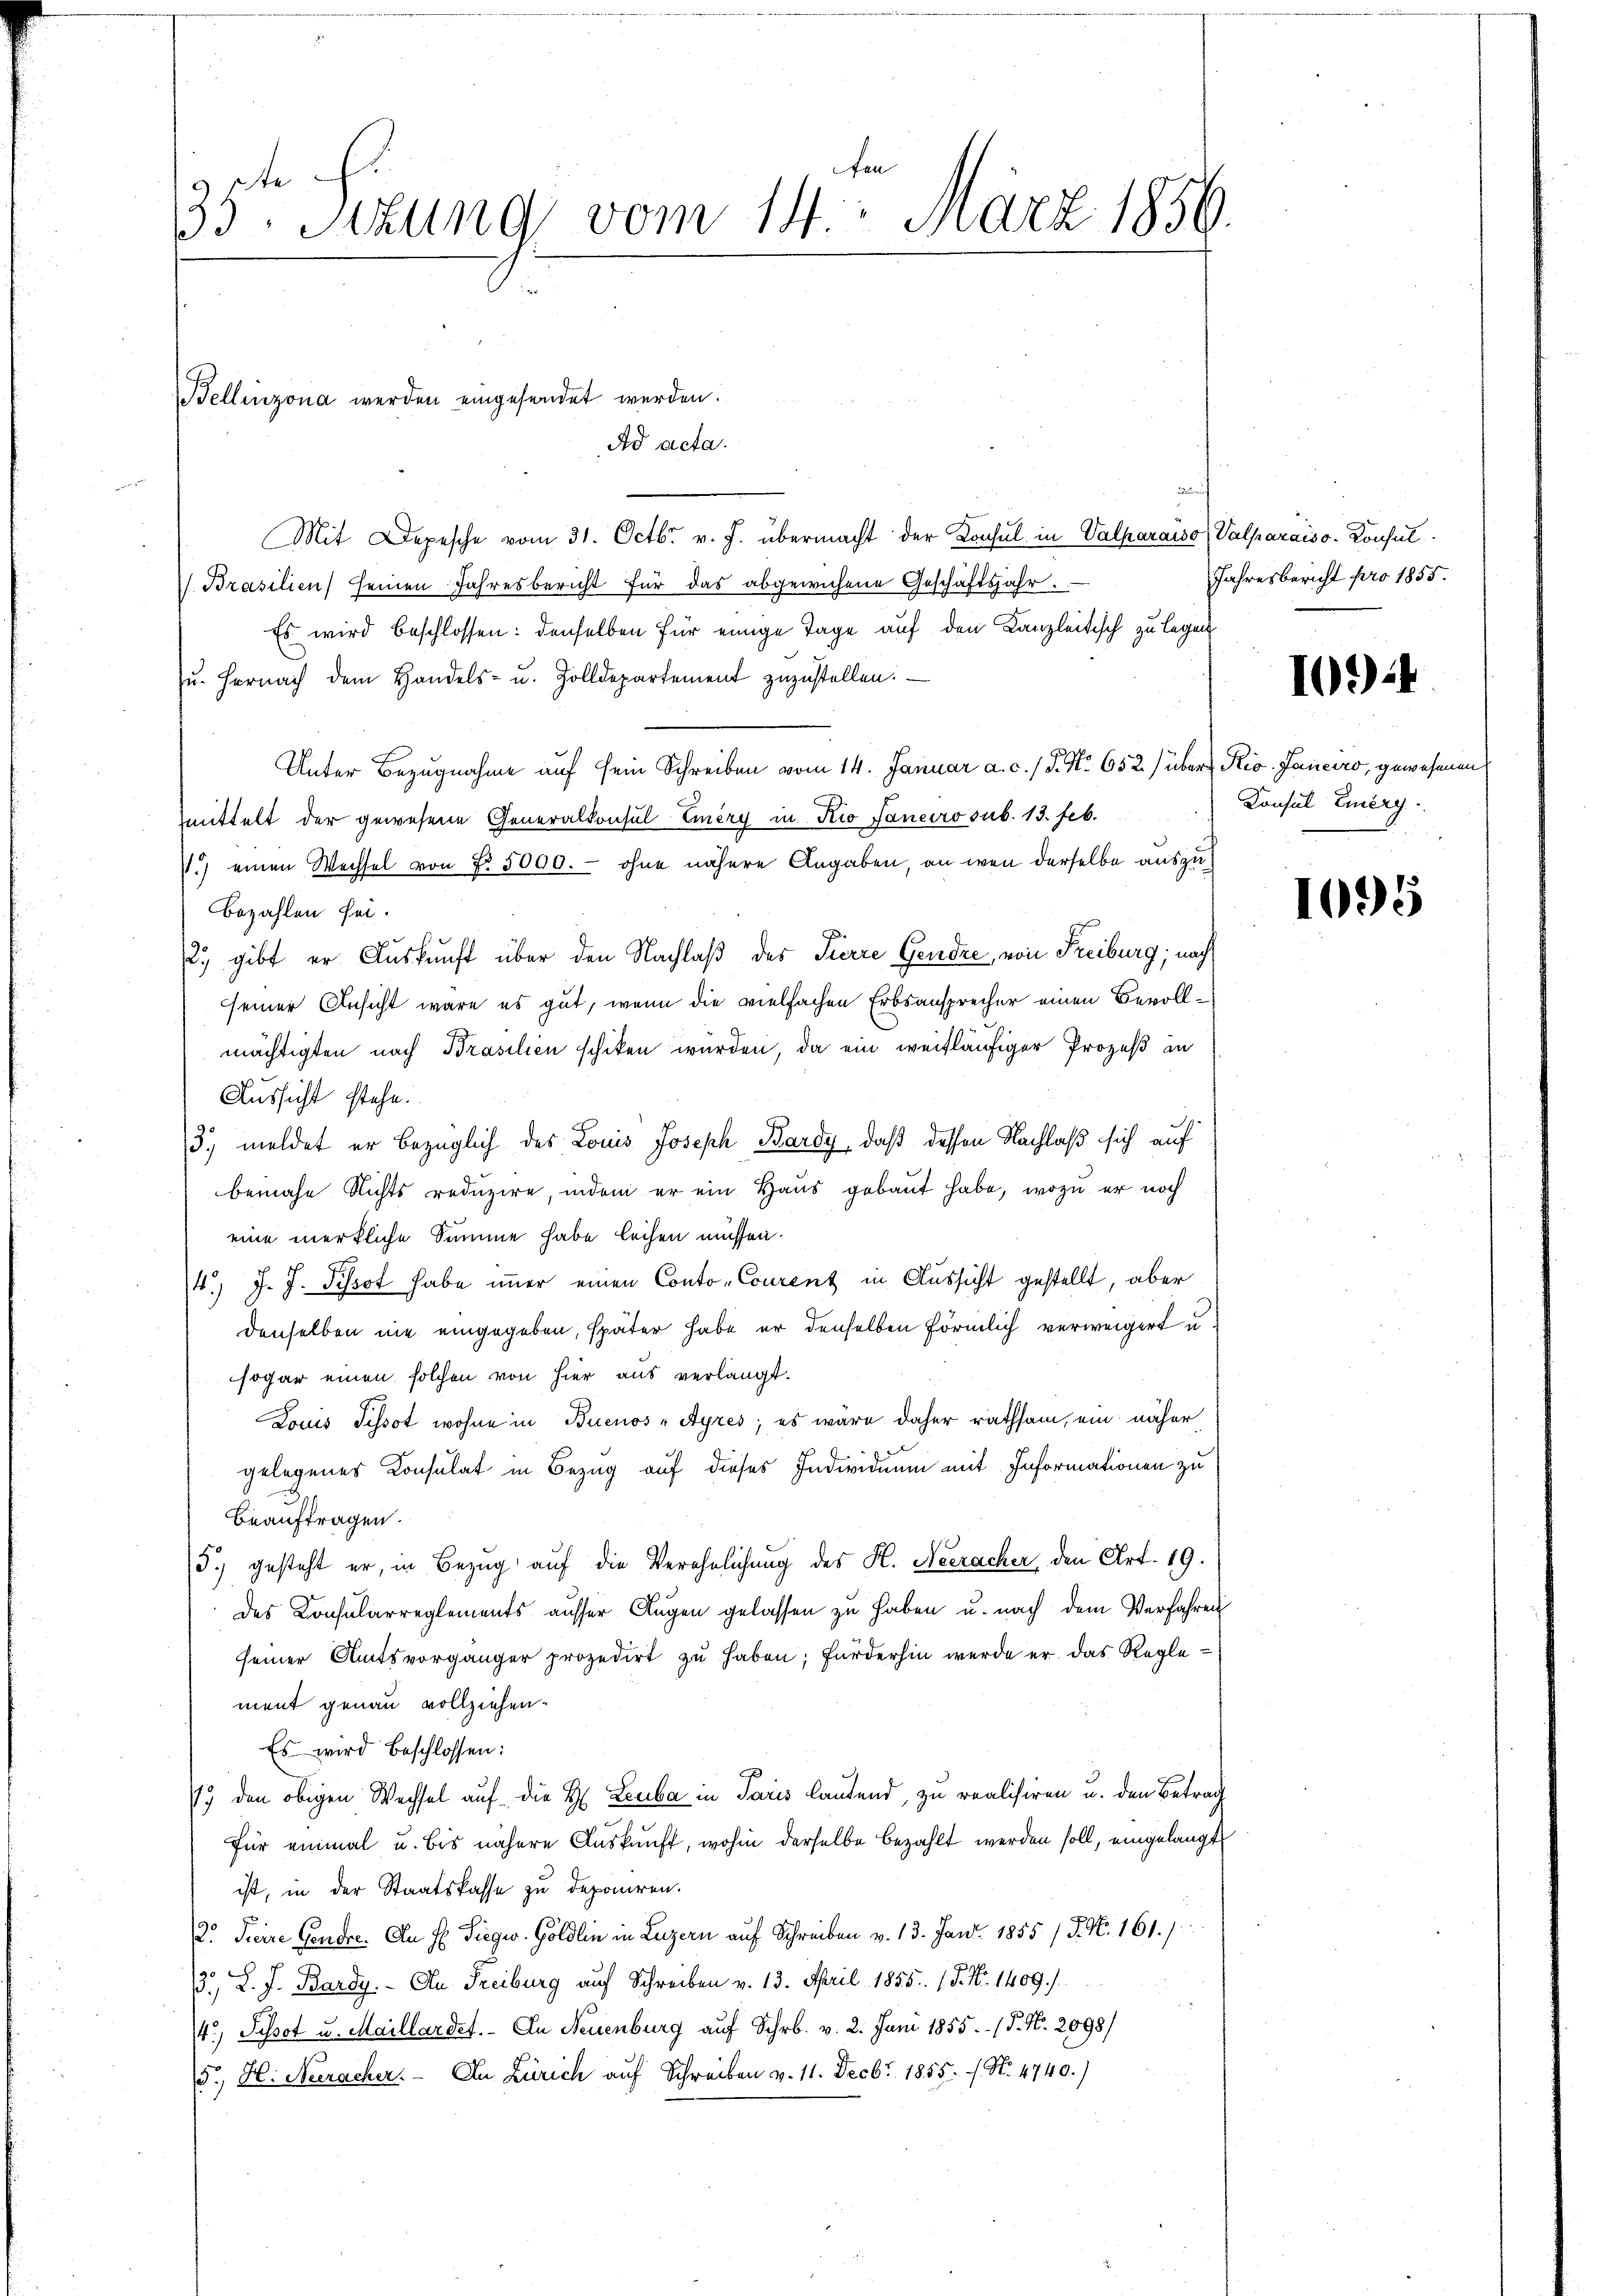
35te Sezung vom 14. März 1856.

ch
Mit Depesche vom 31. Octbr. v. J. übermacht der Konsul in Valparaiso
 Brasilien seinen Jahresbericht für das abgewichene Geschäftsjahr.
Es wird beschlossen: denselben für einige Tage auf den Kanzleitisch zu legen
Zŭ. hernach dem Handels- u. Zolldepartement zuzustellen.
Unter Bezugnahme auf sein Schreiben vom 14. Januar a. c. / P. Nr. 652) übers Rio. Janeiro, gewesenen
mittelt der gewesene Generalkonsul-Eiery in Rio Janeiro sub. 13. Feb.
P.) einen Wechsel von No. 5000.- ohne nähere Angaben, an wen derselbe auszu¬
Bezahlen sei.
2) gibt er Auskunft über den Nachlaß des Pierre Gendre, von Freiburg; nach
seiner Ansicht wäre es gut, wenn die vielfachen Erbsansprecher einen Bevollmächtigten nach Brasilien schiken wurden, da ein weitläufiger Prozeß an
Aussicht stehe.
13) meldet er bezüglich des Louis Joseph Bardy, daß dessen Nachlaß sich auf
bemahe nichts reduzire, indem er ein Haus gebaut habe, wozu er noch
eine merkliche Summe habe leihen müssen.
4.) J. J. Pissot habe immer einen Conto- Courenz in Aussicht gestellt, aber
denselben nie eingegeben, später habe er denselben förmlich verweigert u.
sogar einen solchen von hier aus verlangt.
Louis Tissot wohne in Buenos-Ayres; es wäre daher rathsam, ein näher
gelegenes Konsulat in Bezug auf dieses Individuum mit Informationen zu
beauftragen.
5.) gesteht er, in Bezug auf die Verehelichung des K. Neeracher den Art. 19.
des Consularreglements ausser Augen gelassen zu haben u. nach dem Verfahren
seiner Amtsvorgänger prozedirt zu haben; fürderhin werde er das Reglement genau vollziehen.
Es wird beschlossen:
19 den obigen Wechsel auf die H. Leuba in Paris lautend, zu realisiren u. den Betrag
für einmal u. bis nähere Auskunft, wohin derselbe bezahlt werden soll, eingelangt
ist, in der Staatskasse zu deponiren.
2. Freire Gendre. An Hr. Sieger. Göldlin in Luzern auf Schreiben v. 13. Jan. 1855 / 5. No. 161.
3., D. J. Bardy. - An Freiburg auf Schreiben v. 13. April 1855. 15. No. 1409.)
4.) Sissot u. Maillardet. In Neuenburg auf Schr. v. 2. Juni 1855. - (T. N. 2098/
5. H. Neracher. In Zürich auf Schreiben v. 11. Decbr. 1855.  N. 4740.)

Tellinzona werden eingesendet werden.
Ad acta.

Valparaiss. Konsul
Jahresbericht pro 1855.

1094

Konsul Eiery

1095